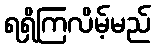
ရရှိကြလိမ့်မည်